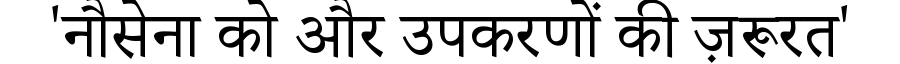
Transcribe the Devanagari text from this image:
'नौसेना को और उपकरणों की ज़रूरत'